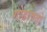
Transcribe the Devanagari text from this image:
गोडावतो